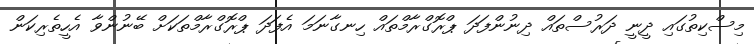
މިސްކިތުގައި ދީނީ ދަރުސްތައް ދިނުންފަދަ ޕްރޮގްރާމްތައް ހިނގާނަމަ އެފަދަ ޕްރޮގްރާމްތަކަށް ބޭނުންވާ އެހީތެރިކަން